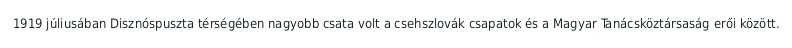
1919 júliusában Disznóspuszta térségében nagyobb csata volt a csehszlovák csapatok és a Magyar Tanácsköztársaság erői között.